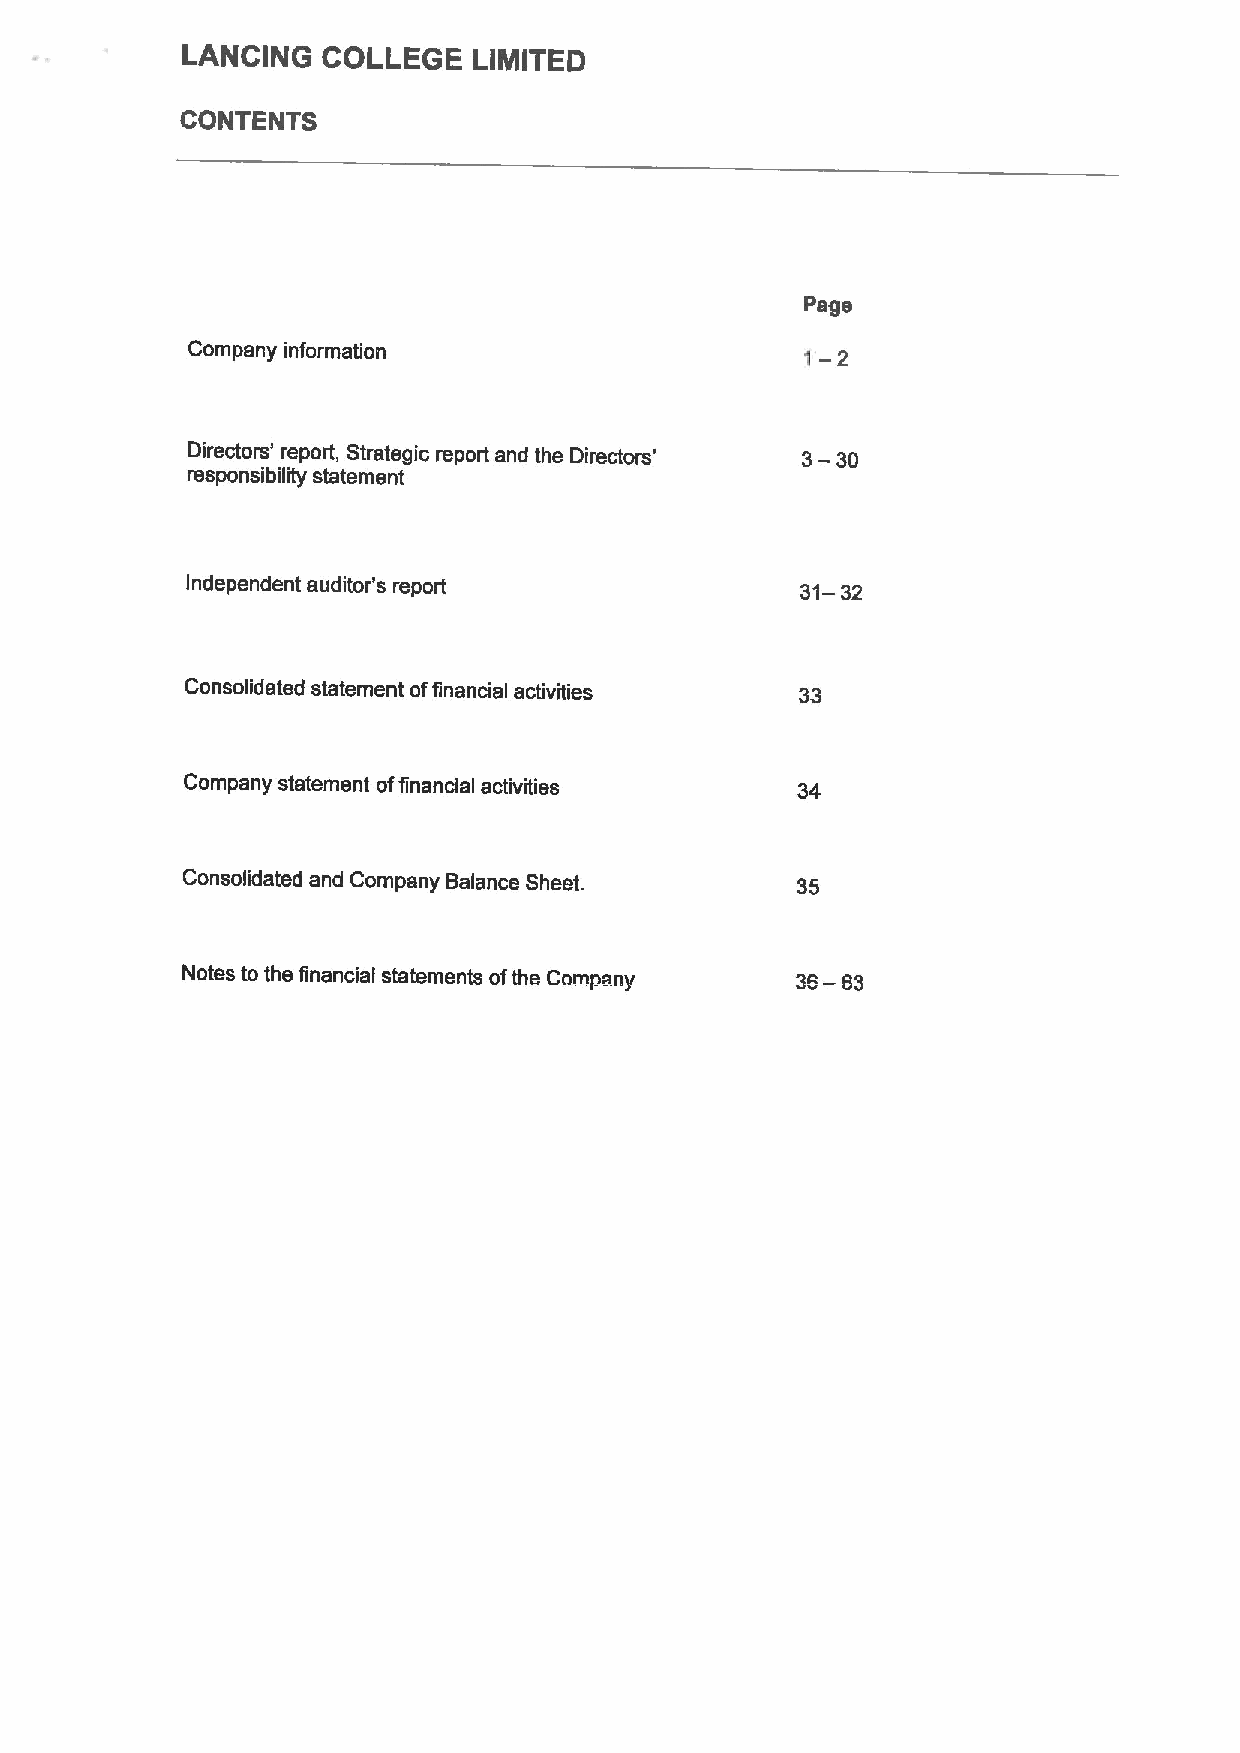
LANCING  COLLEGE   LIMITED
 CONTENTS
 Page
 Company information
 t
 —2
 Directors' report, Strategic report and the Directors' 3—30
 responsibility statement
 Independent auditor's report             31— 32
 Consolidated statement offinancial activities 33
 Company statement offinancial activities 34
 Consolidated and Company 8alance Sheet.  35
 Notes to the financial statements ofthe Company